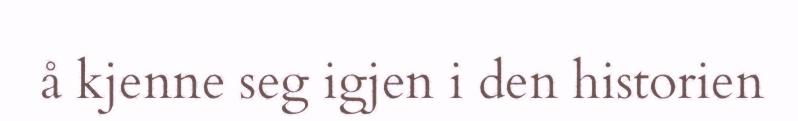
å kjenne seg igjen i den historien